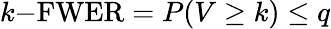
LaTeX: k{\mathrm{-FWER}}=P(V\geq k)\leq q